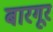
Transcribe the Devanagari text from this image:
बारगूर